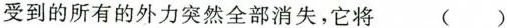
受到的所有的外力突然全部消失，它将 ( )